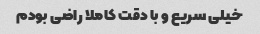
خیلی سریع و با دقت کاملا راضی بودم